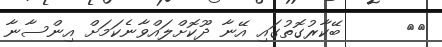
٣٦      ބޭކާރުގޮތުގައި އޭނާ ދޫކޮށްލައްވާނެކަމަށް އިންސާނާ